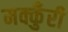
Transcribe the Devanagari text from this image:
मक्कुँरी